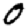
Digit: 0